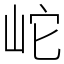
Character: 岮